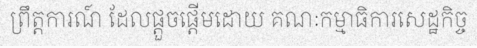
ព្រឹត្តការណ៍ ដែលផ្តួចផ្តើមដោយ គណៈកម្មាធិការសេដ្ឋកិច្ច